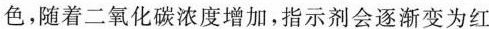
色，随着二氧化碳浓度增加，指示剂会逐渐变为红